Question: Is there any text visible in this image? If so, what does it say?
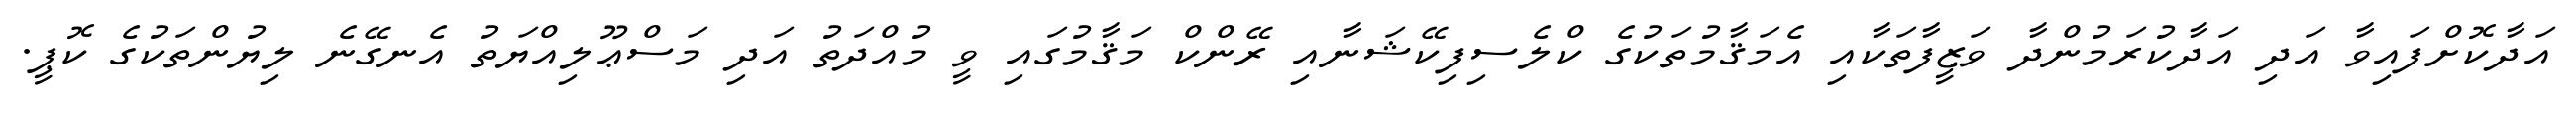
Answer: އަދާކޮށްފައިވާ އަދި އަދާކުރަމުންދާ ވަޒީފާތަކާއި އެމަޤާމުތަކުގެ ކްލެސިފިކޭޝަނާއި ރޭންކް މަޤާމުގައި ވީ މުއްދަތު އަދި މަސްޢޫލިއްޔަތު އެނގޭނެ ލިޔުންތަކުގެ ކޮޕީ.